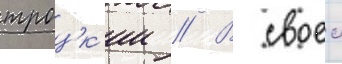
троцк'ии // В своеи